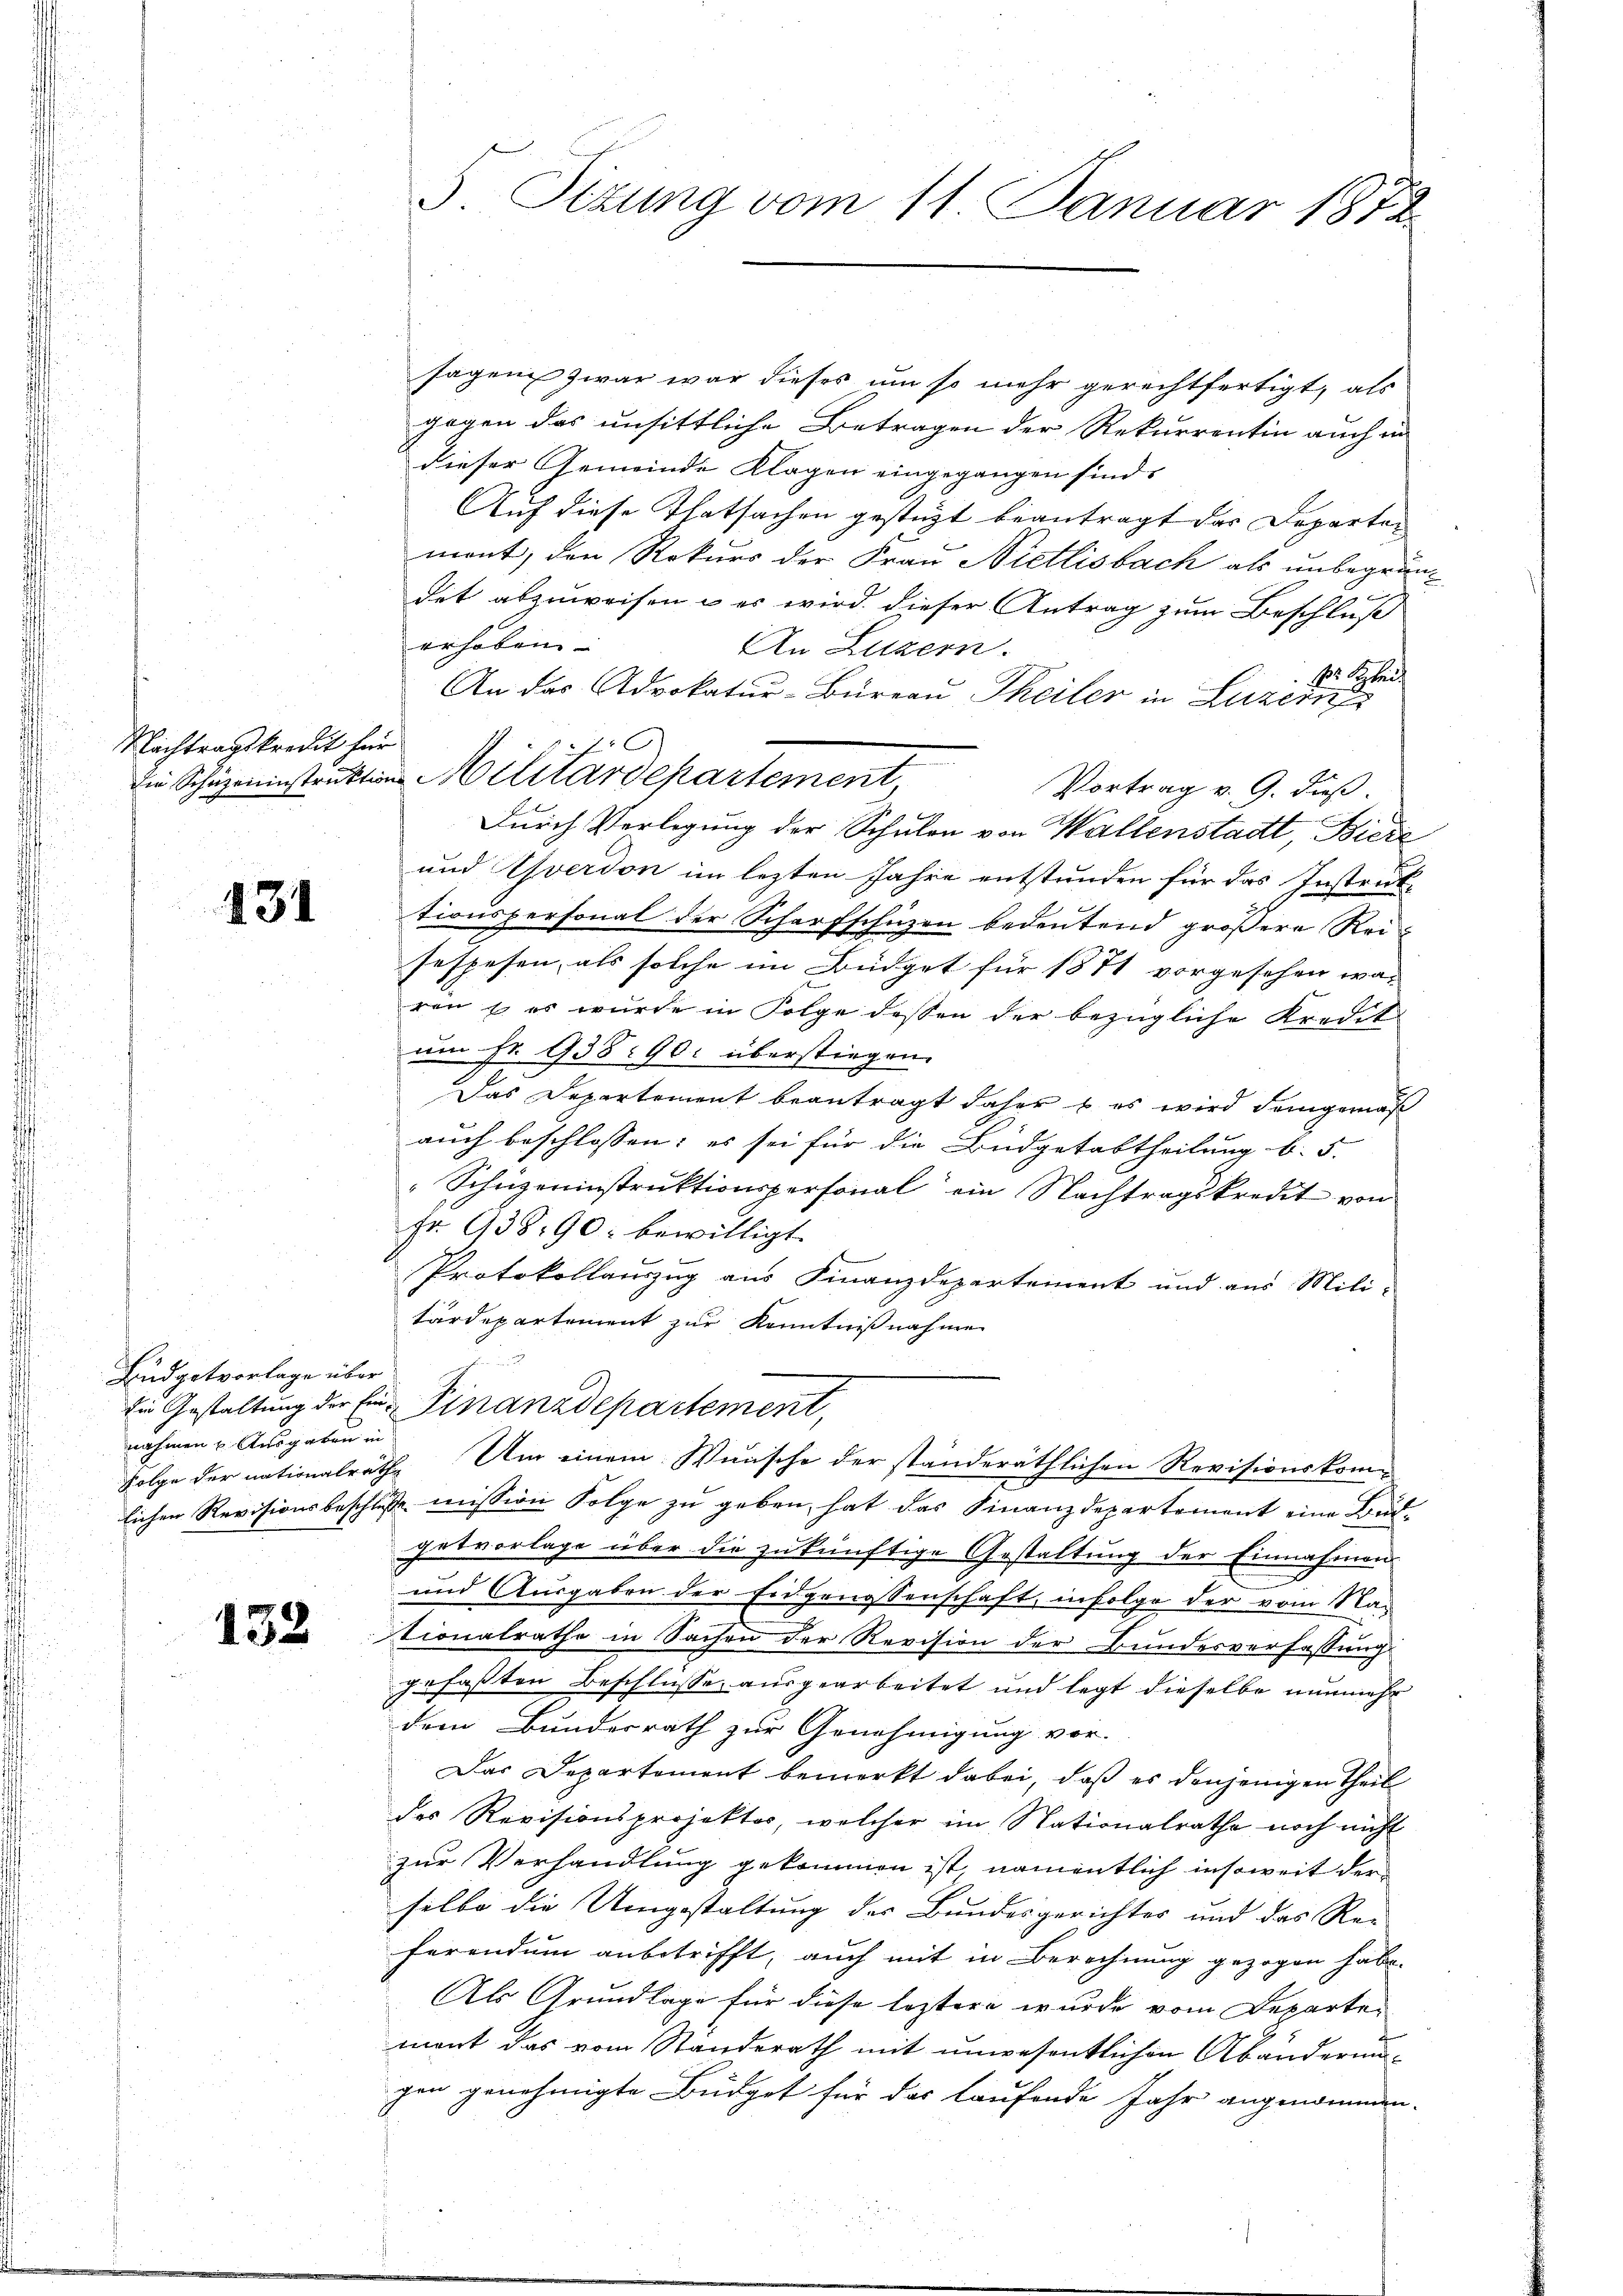
kredit für

131
¬

Eidgetvorlage über
nahmen & Ausgaben in

133

5. Sizung vom 11. Januar 1872

sagen zwar war dieses um so mehr gerechtfertigt, als
gogen das unsittliche Betragen der Rekurrentin auch in
dieser Gemeinde Klagen eingegangen sind.
Auf diese Thatsachen gestützt beantragt das Departer
ment, den Rekurs der Frau Nietlisbach als unbegründet abzuweisen – es wird dieser Antrag zum Beschluß
erhoben
An Luzern.
Dr. Greif
An das Advokatur-Büreau Theiler in Luzern
eninstruktion Militärdepartement,
Vortrag v. 9. dieß.
Durch Verlegung der Schulen von Wallenstadt, Biere
und verson im lezten Jahre entstunden für das Instruk-
tionspersonal der Scharfschüzen bedeutend größere Rei
sespesen, als solche im Büdget für 1871 vorgesehen war
ren u es wurde in Folge dessen der bezügliche Kredit
um Fr. 938: 90. überstiegen.
Das Departement beantragt daher & es wird demgemäß
auch beschlossen; es sei für die Büdgetabtheilung b. 5.
Schüzeninstruktionspersonal ein Nachtragskredit von
Fr. 93890: bewilligt.
Protokollauszug aus Finanzdepartement und aus Mili-
tärdepartement zur Kenntnißnahme
Ein Gestaltung der Eine Finanzdepartement,
Folge der nationalräthe. Um einem Wunsche der ständeräthlichen Revisionskom-
lichen Revisionsbeschluße mission Folge zu geben, hat das Finanzdepartement eine Budgetvorlage über die zukünftige Gestaltung der Einnahmen
und Ausgaben der Eidgenossenschaft, infolge der vom Nac
tionalrathe in Sachen der Revision der Bundesverfassung
gefaßten Beschlüsse ausgearbeitet und legt dieselbe nunmehr
dem Bunderrath zur Genehmigung vor-
Das Departement bemerkt dabei, daß es denjenigen Theil
des Revisionsprojektor, welcher im Nationalrathe noch nicht
zur Verhandlung gekommen ist, namentlich insoweit derselbe die Umgestaltung der Bundesgerichtes und das Re-
ferendum anbetrifft, auch mit in Berechnung gezogen habe.
Als Grundlage für diese leztere wurde vom Departen
mont das vom Standerath mit unwesentlichen Abänderungen genehmigte Büdget für das laufende Jahr angenommen.

.